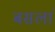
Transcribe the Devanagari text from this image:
बसलां